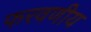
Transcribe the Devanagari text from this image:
फरवणीय